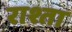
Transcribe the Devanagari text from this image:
राश्ता